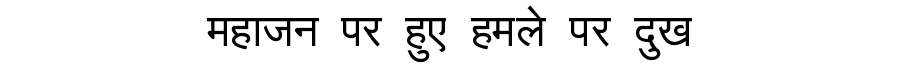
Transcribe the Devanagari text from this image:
महाजन पर हुए हमले पर दुख